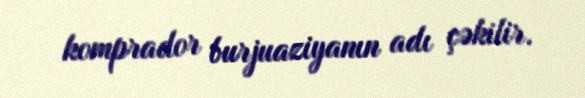
komprador burjuaziyanın adı çəkilir.